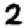
Digit: 2